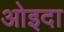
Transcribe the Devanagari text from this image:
ओइदा